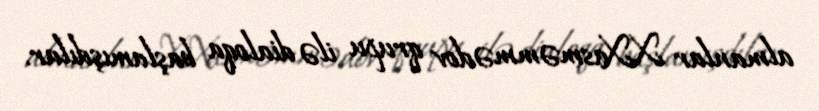
almanlar X.Xasməmmədov qrupu ilə dialoqa başlamışdılar.